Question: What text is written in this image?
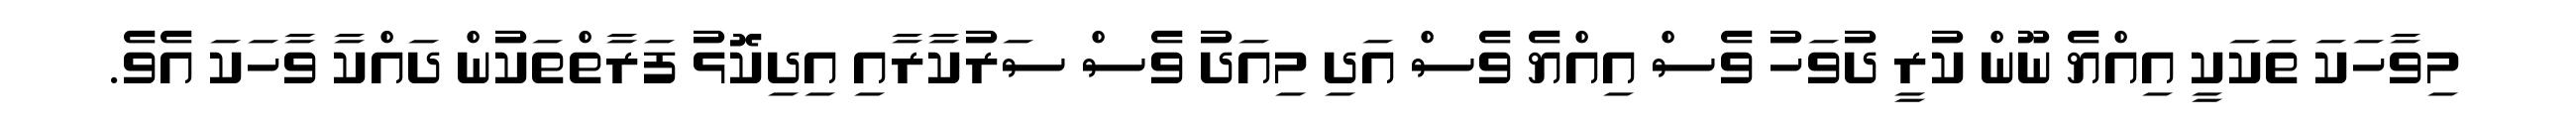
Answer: މިވާހަކަ ތަކަކީ އިއްޔެ ނޫން ކުރީ ދުވަހު ވެސް އިއްޔެ ވެސް އަދި މިއަދު ވެސް ސަރުކާރާއި އިދިކޮޅު ފަރާތްތަކުން ދައްކާ ވާހަކަ އެވެ.